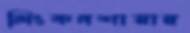
লিংকনশায়ার